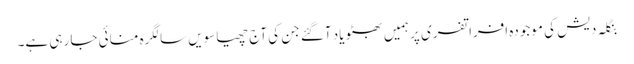
بنگلہ دیش کی موجودہ افراتفری پر ہمیں بھٹو یاد آگئے جن کی آج چھیاسویں سالگرہ منائی جا رہی ہے۔